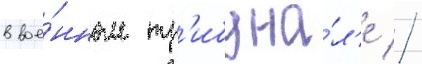
в вое́нном тр'ибуна́л'е //